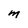
Character: M